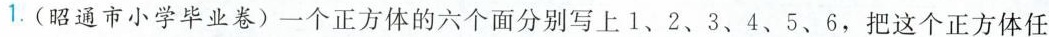
1.(昭通市小学毕业卷)一个正方体的六个面分别写上1、2、3、4、5、6，把这个正方体任